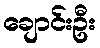
ချောင်းဦး